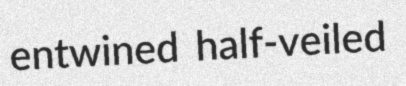
entwined half-veiled